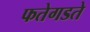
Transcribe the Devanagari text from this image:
फतेगडते